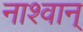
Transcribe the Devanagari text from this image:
नाश्वान्‌